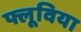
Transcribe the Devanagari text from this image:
फ्लूविया